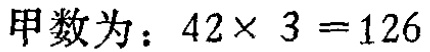
甲数为：\(42\times 3 = 126\)